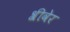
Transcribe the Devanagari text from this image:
श्रीवेर